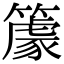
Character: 𥴧